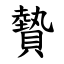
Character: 䞇